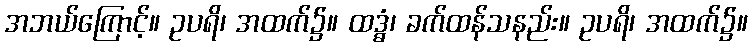
အဘယ်ကြောင့်။ ဥပရိ၊ အထက်၌။ ထဒ္ဓံ၊ ခက်ထန်သနည်း။ ဥပရိ၊ အထက်၌။